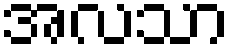
အလသာ